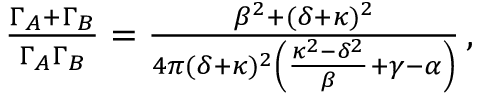
\begin{array} { r } { { \frac { { \Gamma } _ { A } + { \Gamma } _ { B } } { \Gamma _ { A } \Gamma _ { B } } } = \frac { \beta ^ { 2 } + ( \delta + \kappa ) ^ { 2 } } { 4 \pi ( \delta + \kappa ) ^ { 2 } \left( \frac { \kappa ^ { 2 } - \delta ^ { 2 } } { \beta } + \gamma - \alpha \right) } \, , } \end{array}